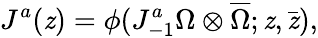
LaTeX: J^{a}(\mathit{z})=\phi(J_{-1}^{a}\Omega\otimes\overline{{{{\Omega}}}};\mathit{z},\bar{{\mathit{z}}}),